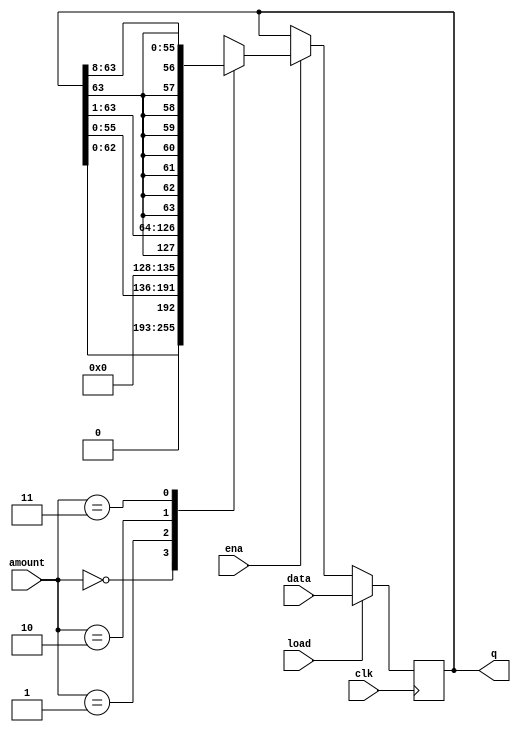
`default_nettype none
module top_module(
    input clk,
    input load,
    input ena,
    input [1:0] amount,
    input [63:0] data,
    output reg [63:0] q); 

    always@(posedge clk) begin
        if(load)
            q<=data;
        else begin
            if(~ena)
                q<=q;
            else begin
                case(amount)
                    2'b00: q<=q<<<1;
                    2'b01: q<=q<<<8;
                    /*q >>> 1 and q >>> 8 did not work, not sure why ?
                  logical and arithmetic left shift are same
                  Logical and arithmetic right shift are different because we are preserving MSB bit in arithmetic shift
                    
                  syntax for replication vector concatination -> { {2{0}},1,1} = 0011
                  {5{1'b1}}           // 5'b11111 (or 5'd31 or 5'h1f)
                  {2{a,b,c}}          // The same as {a,b,c,a,b,c}
                  {3'd5, {2{3'd6}}}   // 9'b101_110_110. It's a concatenation of 101 with
                                      // the second vector, which is two copies of 3'b110.
                  */
                    2'b10: q<={q[63],q[63:1]};
                    2'b11: q<={ {8{q[63]}},q[63:8] };
                endcase
            end
        end
    end
endmodule